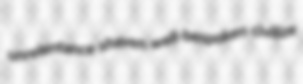
unrelentance shaven well-bespoken civilize